Kloostri_vallavalitsus, lk 11
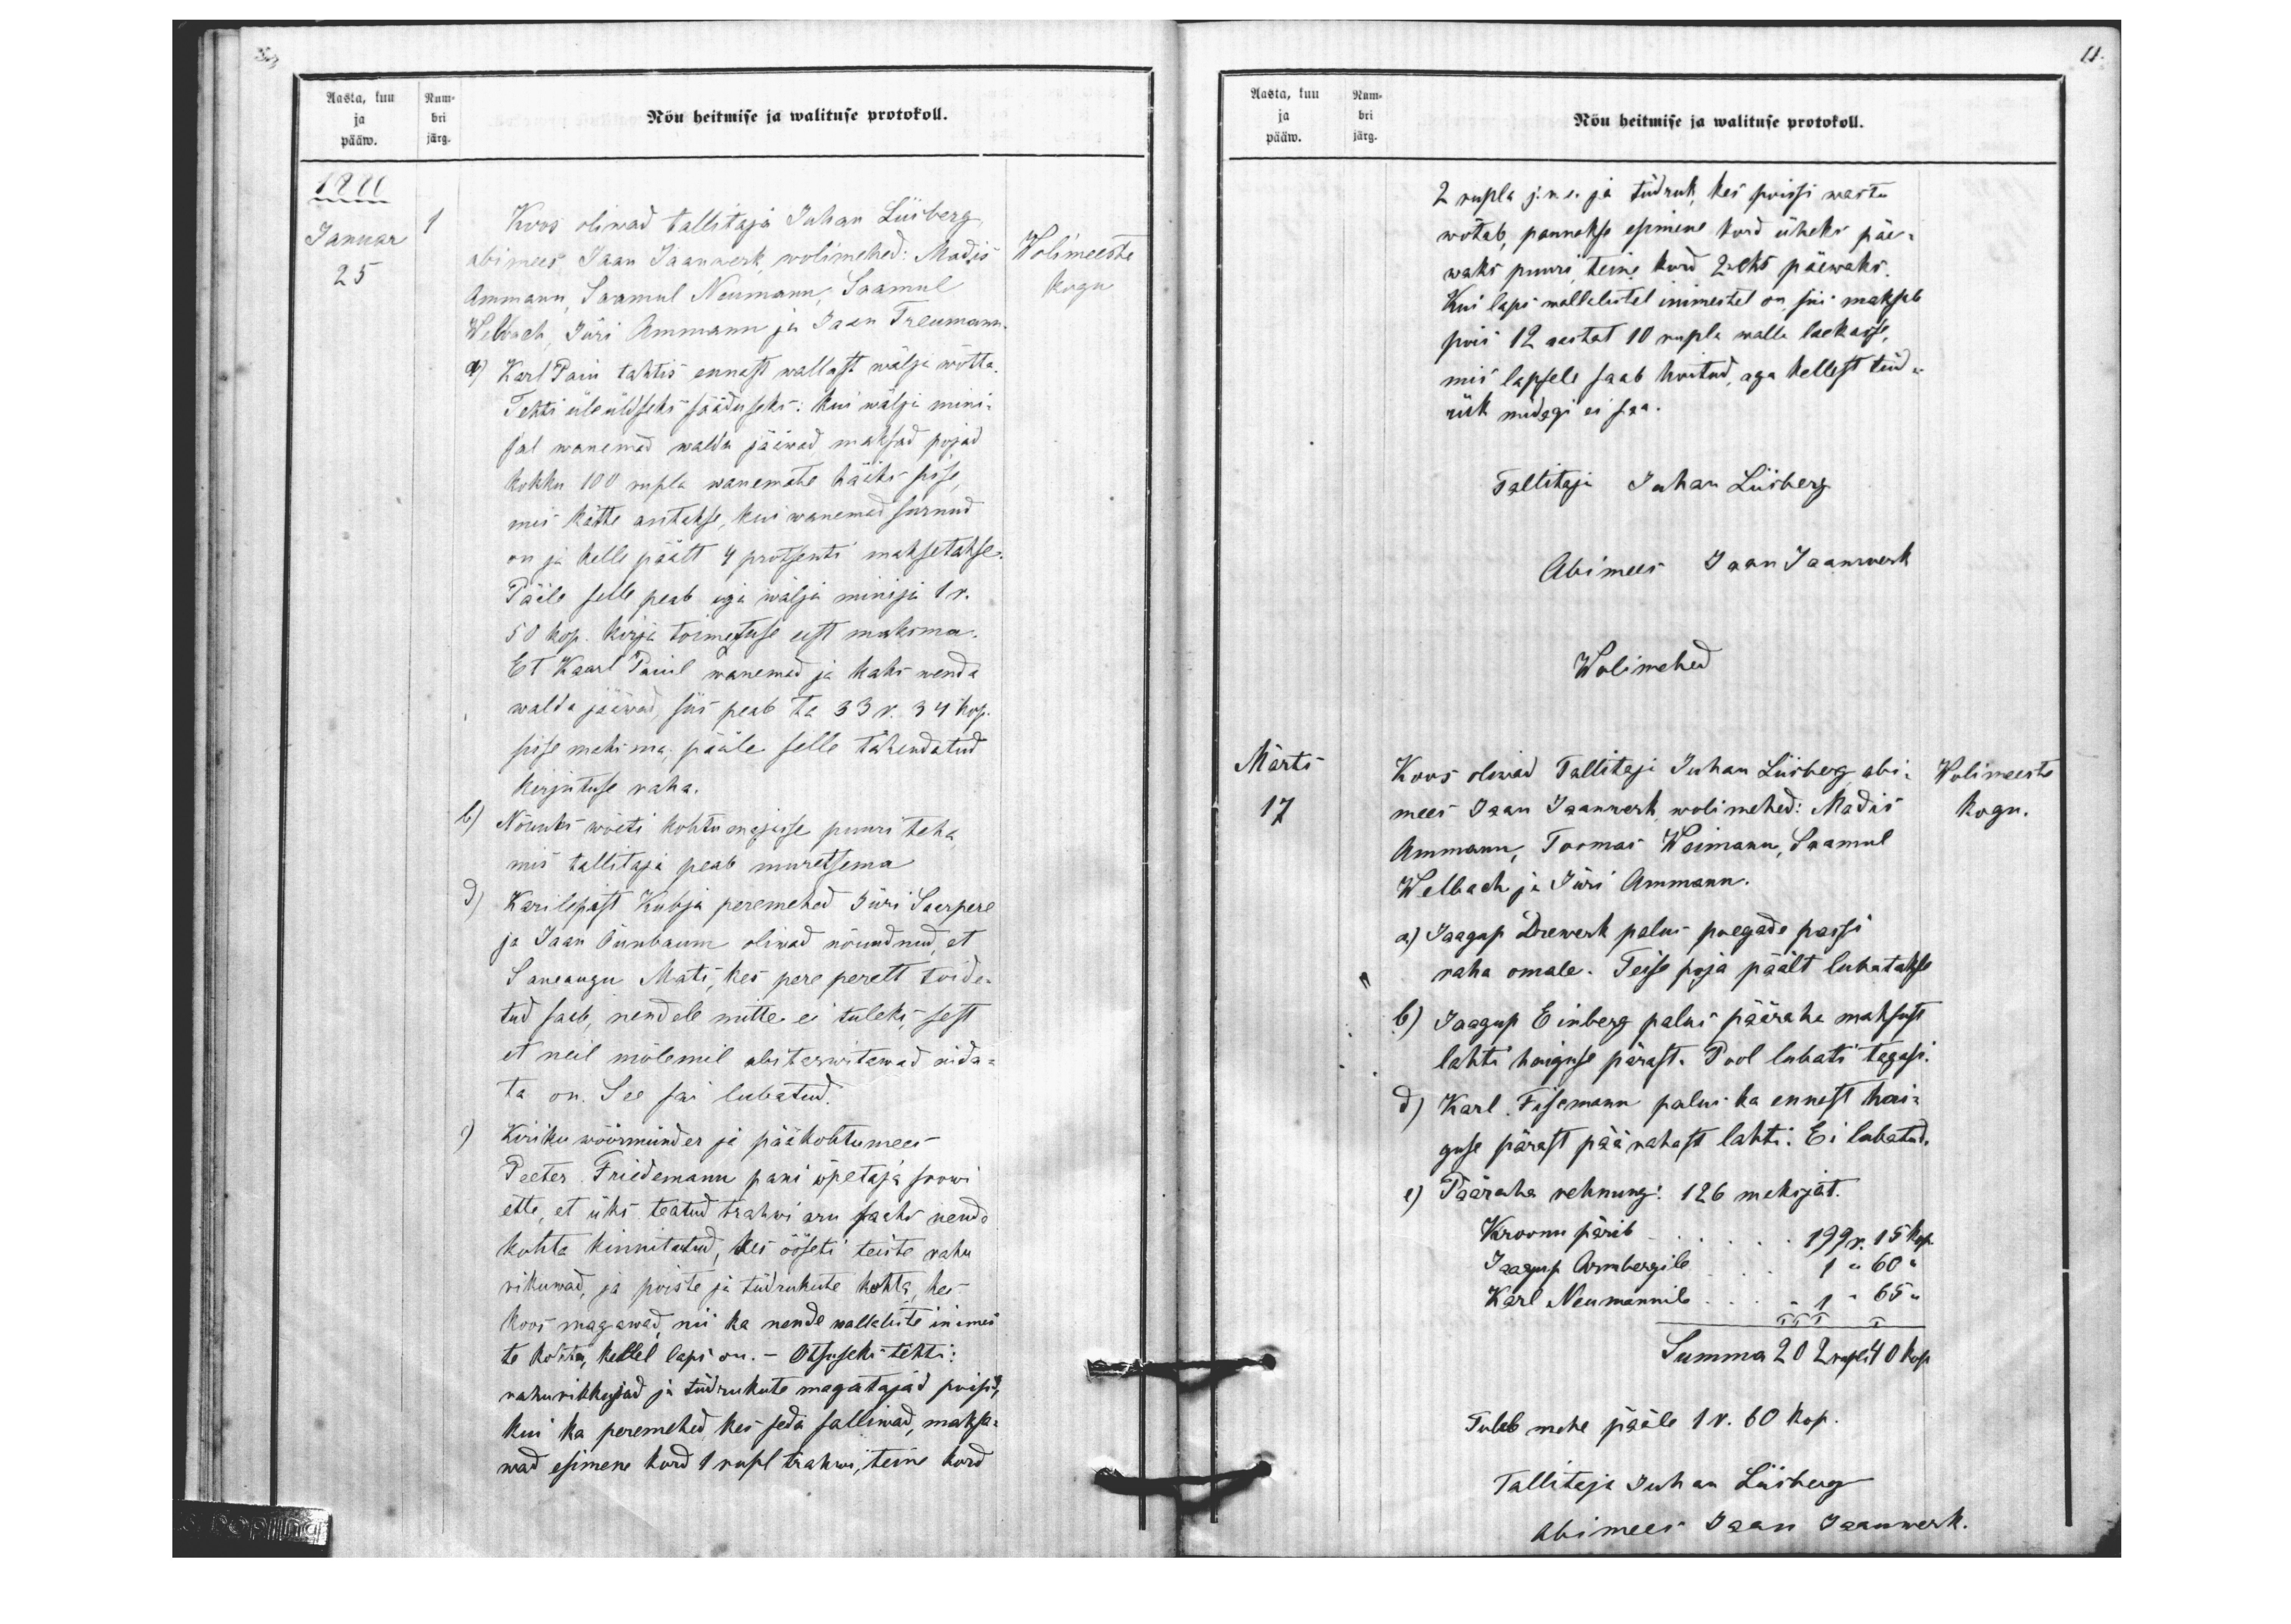
11.

Aasta, kuu Num-
ja bri
päew.  järg.
Nõu heitmise ja walituse protokoll.
1880
Januar
1 Koos oliwad tallitaja Juhan Liisberg,
25
abimees Jaan Jaanwerk wolimehed: Madis
Ammann, Saamul Neumann, Saamul
Wolimeeste
Kogu
Welbach, Jüri Ammann ja Jaan Treumann.
a) Karl Paiu tahtis ennast wallast wälja wõtta.
Tehti üleüldseks sääduseks: kui wälja mini-
jal wanemad walda jäiwad maksad pojad
kokku 100 rubla wanemate häiks sisse,
mis kätte antakse, kui wanemad surnud
on ja kelle päält 4 protsenti maksetakse.
Pääle selle peab iga wälja minija 1 r.
50 kop. kirja toimetuse eest maksma.
Et Karl Paiul wanemad ja kaks wenda
walda päewad, siis peab ta 33 r. 34 kop.
sisse maksma; pääle selle tähendatud
kirjutuse raha.
b) Nõuks wõeti kohtu majasse puuri teha
mis tallitaja peab muretsema.
d) Karilepast Kubja peremehed Jüri Saarpere
ja Jaan Õunbaum oliwad nõuudnud, et
Saueaugu Mats, kes pere perelt toide-
tud saab, nendele mitte ei tuleks, sest
et neil mõlemil abitarwitawad aida-
ta on. See sai lubatud.
e) Kiriku wöörmünder ja pääkohtumees
Peeter Friedemann pani õpetaja soowi
ette, et üks teatud trahwi aru saaks nende
kohta kinnitatud, kes ööseti teiste rahu
rikuwad, ja poiste ja tüdrukute kohta, kes
koos magawad nii ka nende wallaliste inimes
te kohta, kellel laps on. - Otsuseks tehti:
rahurikkujad ja tüdrukute magatajad poisid,
kui ka peremehed, kes seda salliwad, maksa-
wad esimene kord 1 rupl trahwi, teine kord

Aasta, kuu Num-
ja bri
pääw. järg
Nõu heitmise ja walituse protokoll.
2 rupla j. n.e. ja tüdruk, kes poissi wastu
wõtab, pannakse esimene kord üheks päe-
waks puuri, teine kord 2eks päewaks.
Kui laps wallalistel inimestel on, siis maksab
pois 12 aastat 10 rupla walla laekasse,
mis lapsele saab hoitud, aga kellest tüd
rük midagi ei saa.
Tallitaja Juhan Liisberg
Abimees Jaan Jaanwerk
Wolimehed
Märts
Koos olewad Tallitaja Juhan Liisberg, abi
Wolimeeste
17.
mees Jaan Jaanwerk, wolimehed: Madis
kogu.
Ammann, Toomas Weimann, Saamul
Welbach ja Jüri Ammann.
a) Jaagup Drewerk palus poegade passi
raha omale. Teise poja päält lubatakse
b) Jaagup Einberg palus pääraha maksust
lahti haiguse pärast. Pool lubati tagasi.
d) Karl Fisemann palus ka ennast hai-
guse pärast pää rahast lahti. Ei lubatud.
e) Pääraha rehnung: 126 maksjat.
Kroonu pärib... 199 r. 15 kop.
Jaagup Armbergile.... 1 " 60 "
Karl Neumannile.... 1 " 65 "
Summa 202 rupl 40 kop
Tuleb mehe pääle 1 r. 60 kop.
Tallitaja Juhan Liisberg
Abimees Jaan Jaanwerk.